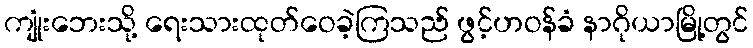
ကျုံးဘေးသို့ ရေးသားထုတ်ဝေခဲ့ကြသည် ဖွင့်ဟဝန်ခံ နာဂိုယာမြို့တွင်